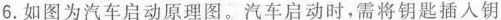
6.如图为汽车启动原理图。汽车启动时，需将钥匙插入钥